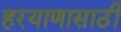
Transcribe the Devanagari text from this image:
हरयाणासाठी